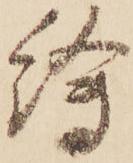
繪